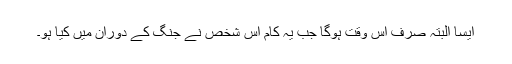
ایسا البتہ صرف اس وقت ہوگا جب یہ کام اس شخص نے جنگ کے دوران میں کیا ہو۔